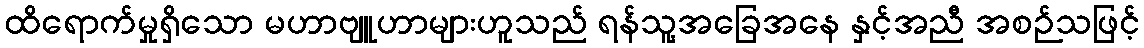
ထိရောက်မှုရှိသော မဟာဗျူဟာများဟူသည် ရန်သူ့အခြေအနေ နှင့်အညီ အစဉ်သဖြင့်